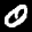
Label: 0